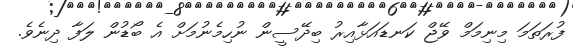
ފުރަތަމަ މިނިމަމް ވޭޖް ކަނޑައަޅާއިރު ބިދޭސީން ނުހިމެނުމަށް އެ ބޯޑުން ލަފާ ދިނެވެ.